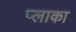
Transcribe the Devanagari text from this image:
प्लाका